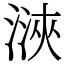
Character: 㴺